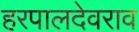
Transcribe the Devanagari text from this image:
हरपालदेवराव